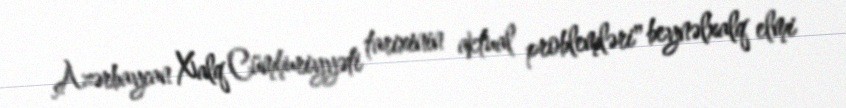
Azərbaycan Xalq Cümhuriyyəti tarixinin aktual problemləri" beynəlxalq elmi